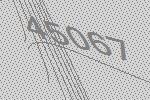
45067